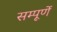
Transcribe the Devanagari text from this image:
सम्पूर्णे